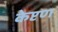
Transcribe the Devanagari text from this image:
केप्टण